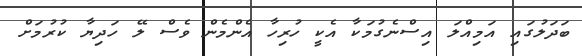
ބަދަލުގައި އަމިއްލަ އިސްނެގުމަކާ އެކީ ހުރިހާ އެންމެން ވެސް ލޭ ހަދިޔާ ކުރުމަށް